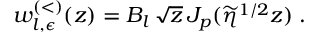
w _ { l , \epsilon } ^ { ( < ) } ( z ) = B _ { l } \, \sqrt { z } \, J _ { p } ( \widetilde { \eta } ^ { 1 / 2 } z ) \; .